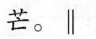
芒。||